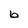
Character: 6